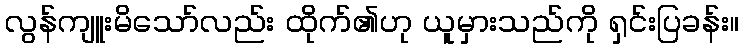
လွန်ကျူးမိသော်လည်း ထိုက်၏ဟု ယူမှားသည်ကို ရှင်းပြခန်း။